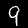
Label: 9